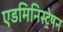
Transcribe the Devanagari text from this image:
एडमिनिस्ट्रेषन